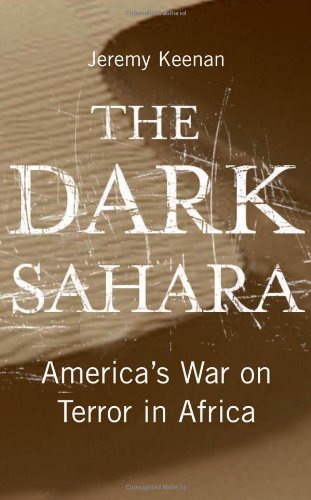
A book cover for The Dark Sahara: America's War on Terror in Africa; Jeremy Keenan; History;